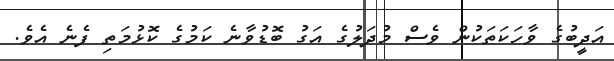
އަދީބުގެ ވާހަކަތަކުން ވެސް މުދަލުގެ އަގު ބޮޑުވާނެ ކަމުގެ ކޮޅުމަތި ފެނެ އެވެ.